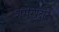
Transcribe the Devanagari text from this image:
शरीरप्रदान।